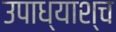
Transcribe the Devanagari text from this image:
उपाध्याश्च